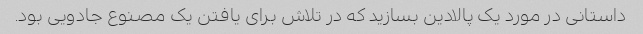
داستانی در مورد یک پالادین بسازید که در تلاش برای یافتن یک مصنوع جادویی بود.